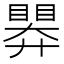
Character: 𭿗